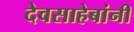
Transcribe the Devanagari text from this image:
देवसाहेबांनी